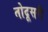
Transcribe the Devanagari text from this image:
तोदूसरी